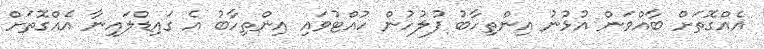
އެއްގޮތަށް ބާއްވަން އުޅުނު އިންތިހާބު ފުލުހުން ހުއްޓުވައި އިންތިހާބު އެ ގައިޑްލައިނާ އެއްގޮތަށް